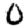
Digit: 0